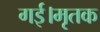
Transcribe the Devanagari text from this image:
गई।मृतक